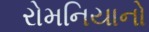
રોમનિયાનો